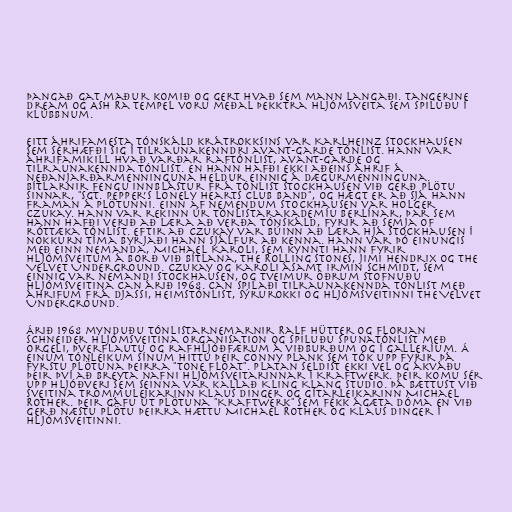
Þangað gat maður komið og gert hvað sem mann langaði. Tangerine
Dream og Ash Ra Tempel voru meðal þekktra hljómsveita sem spiluðu í
klúbbnum.

Eitt áhrifamesta tónskáld krátrokksins var Karlheinz Stockhausen
sem sérhæfði sig í tilraunakenndri avant-garde tónlist. Hann var
áhrifamikill hvað varðar raftónlist, avant-garde og
tilraunakennda tónlist. En hann hafði ekki aðeins áhrif á
neðanjarðarmenninguna heldur einnig á dægurmenninguna.
Bítlarnir fengu innblástur frá tónlist Stockhausen við gerð plötu
sinnar, "Sgt. Pepper’s Lonely Hearts Club Band", og hægt er að sjá hann
framan á plötunni. Einn af nemendum Stockhausen var Holger
Czukay. Hann var rekinn úr Tónlistarakademíu Berlínar, þar sem
hann hafði verið að læra að verða tónskáld, fyrir að semja of
róttæka tónlist. Eftir að Czukay var búinn að læra hjá Stockhausen í
nokkurn tíma byrjaði hann sjálfur að kenna. Hann var þó einungis
með einn nemanda, Michael Karoli, sem kynnti hann fyrir
hljómsveitum á borð við Bítlana, The Rolling Stones, Jimi Hendrix og The
Velvet Underground. Czukay og Karoli ásamt Irmin Schmidt, sem
einnig var nemandi Stockhausen, og tveimur öðrum stofnuðu
hljómsveitina Can árið 1968. Can spilaði tilraunakennda tónlist með
áhrifum frá djassi, heimstónlist, sýrurokki og hljómsveitinni The Velvet
Underground.

Árið 1968 mynduðu tónlistarnemarnir Ralf Hütter og Florian
Schneider hljómsveitina Organisation og spiluðu spunatónlist með
orgeli, þverflautu og rafhljóðfærum á viðburðum og í galleríum. Á
einum tónleikum sínum hittu þeir Conny Plank sem tók upp fyrir þá
fyrstu plötuna þeirra "Tone Float". Platan seldist ekki vel og ákváðu
þeir því að breyta nafni hljómsveitarinnar í Kraftwerk. Þeir komu sér
upp hljóðveri sem seinna var kallað Kling Klang Studio. Þá bættust við
sveitina trommuleikarinn Klaus Dinger og gítarleikarinn Michael
Rother. Þeir gáfu út plötuna "Kraftwerk" sem fékk ágæta dóma en við
gerð næstu plötu þeirra hættu Michael Rother og Klaus Dinger í
hljómsveitinni.